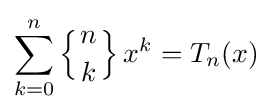
\sum _{k=0}^{n}\left\{{n \atop k}\right\}x^{k}=T_{n}(x)